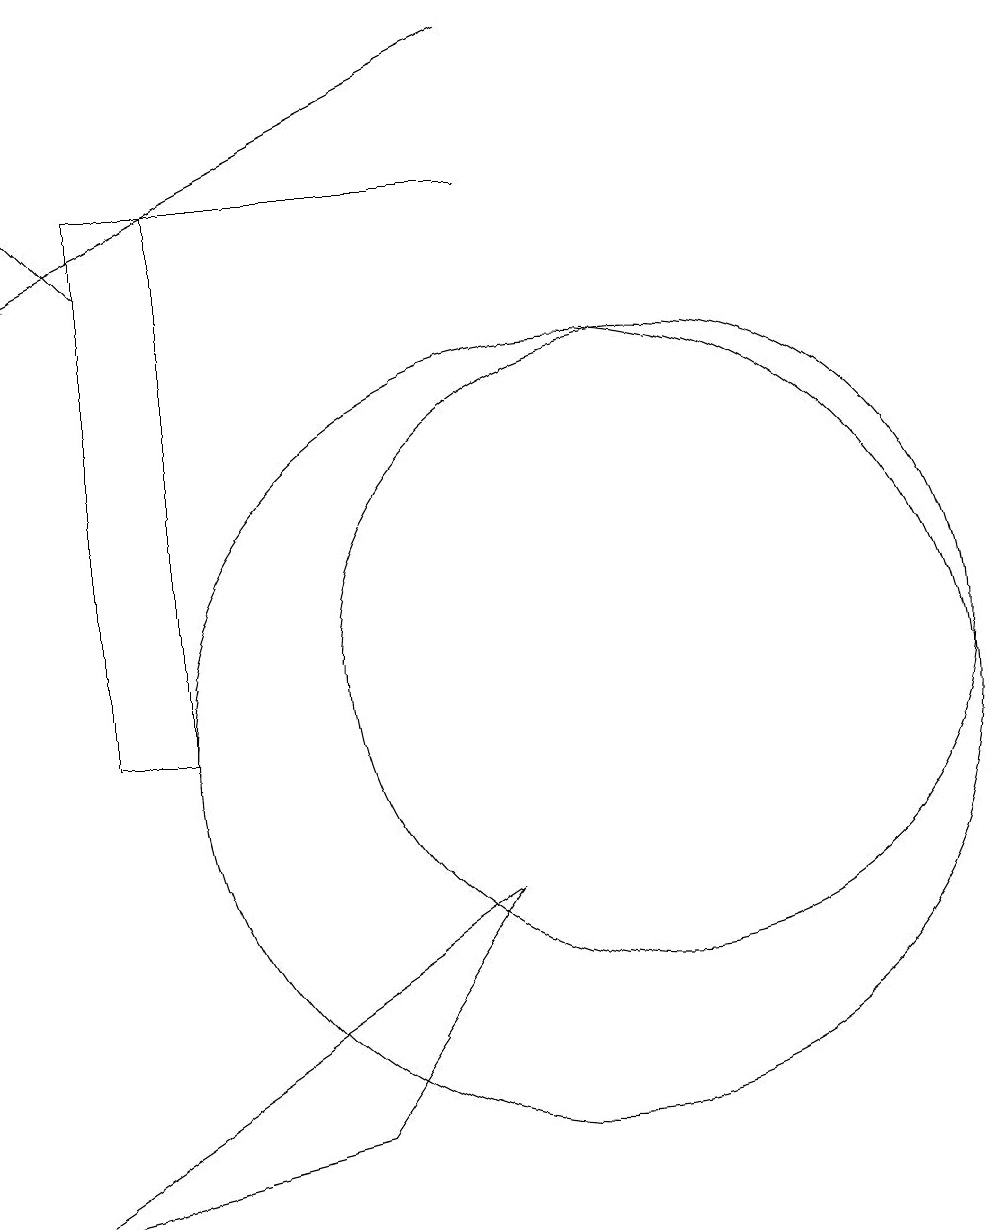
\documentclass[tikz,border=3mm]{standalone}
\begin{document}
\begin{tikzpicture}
\draw[->] (4,16) -- (3,17);
\draw (7,5) -- (3,4) -- (9,8) -- cycle;
\draw (4,10) rectangle (5,17);
\draw (10,10) circle (5);
\draw (11,11) circle (4);
\draw[->] (9,19) -- (3,16);
\draw (4,17) rectangle (9,17);
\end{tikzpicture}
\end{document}